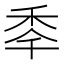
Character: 䄹